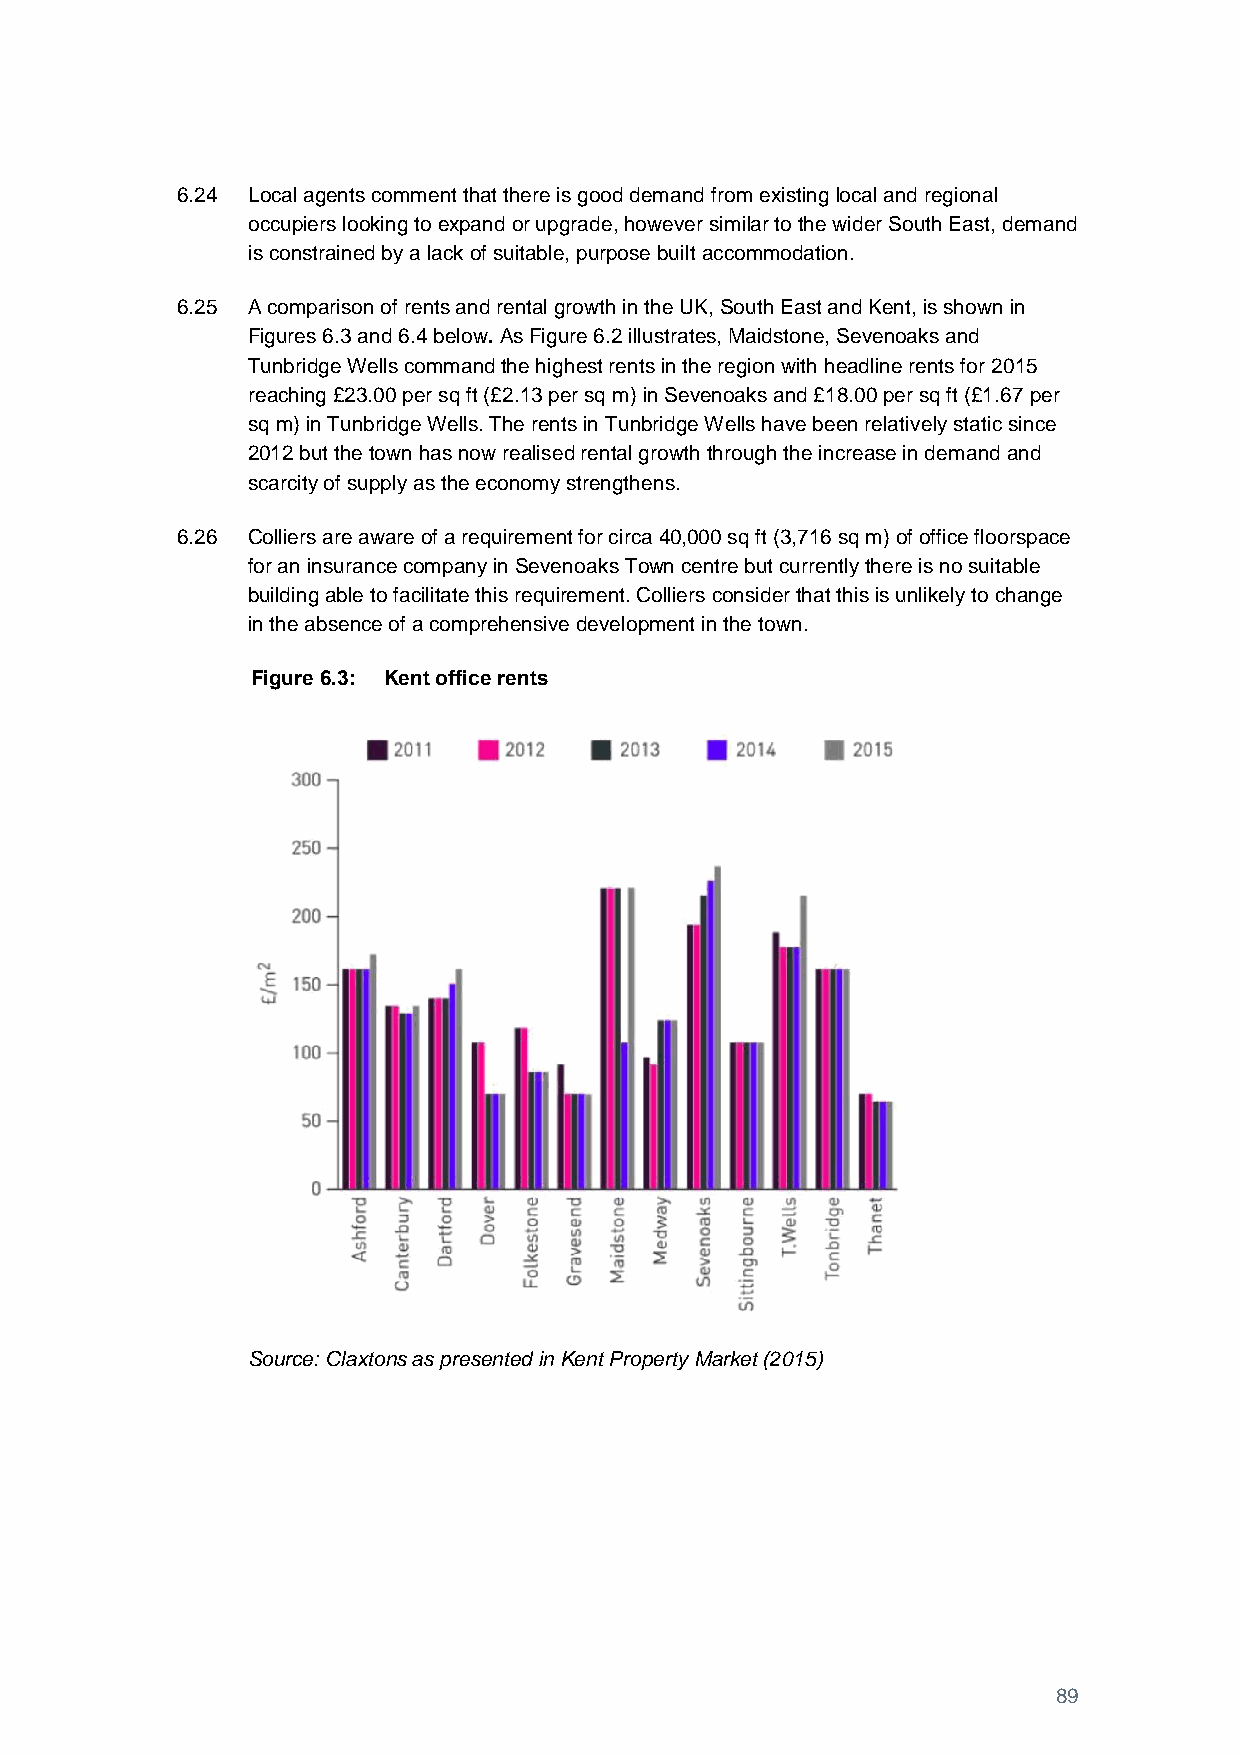
6.24 Local agents comment that there is good demand from existing local and regional
 occupiers looking to expand or upgrade, however similar to the wider South East, demand
 is constrained by a lack of suitable, purpose built accommodation.
 6.25 A comparison of rents and rental growth in the UK, South East and Kent, is shown in
 Figures 6.3 and 6.4 below. As Figure 6.2 illustrates, Maidstone, Sevenoaks and
 Tunbridge Wells command the highest rents in the region with headline rents for 2015
 reaching £23.00 per sq ft (£2.13 per sq m) in Sevenoaks and £18.00 per sq ft (£1.67 per
 sq m) in Tunbridge Wells. The rents in Tunbridge Wells have been relatively static since
 2012 but the town has now realised rental growth through the increase in demand and
 scarcity of supply as the economy strengthens.
 6.26 Colliers are aware of a requirement for circa 40,000 sq ft (3,716 sq m) of office floorspace
 for an insurance company in Sevenoaks Town centre but currently there is no suitable
 building able to facilitate this requirement. Colliers consider that this is unlikely to change
 in the absence of a comprehensive development in the town.
 Figure 6.3: Kent office rents
 Source: Claxtons as presented in Kent Property Market (2015)
 89